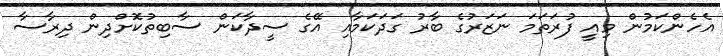
އެހެންކަމުން މިއީ ފުރަތަމަ ނަޒަރުގެ ބާރު ގަދަކަމާއި އޭގެ ސީދާކަން ސާބިތުކޮށްދިން ދިރާސާ